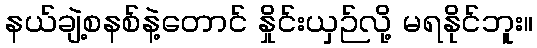
နယ်ချဲ့စနစ်နဲ့တောင် နှိုင်းယှဉ်လို့ မရနိုင်ဘူး။